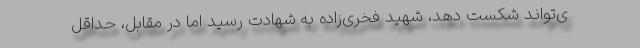
ی‌تواند شکست دهد، شهید فخری‌زاده به شهادت رسید اما در مقابل، حداقل